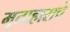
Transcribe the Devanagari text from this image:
मृताहाराचे